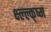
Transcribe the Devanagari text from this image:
क्ष्ल्ल्क्ष्म